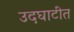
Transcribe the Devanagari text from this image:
उदघाटीत